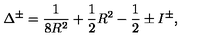
\Delta ^ { \pm } = \frac { 1 } { 8 R ^ { 2 } } + \frac { 1 } { 2 } R ^ { 2 } - \frac { 1 } { 2 } \pm I ^ { \pm } ,